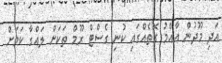
އަދި މޫދުން އާއްމު ގޮތެއްގައި ކުނި ގެސްޓް ރޫމް ތަކަށް ލައްގާ ކަމަށް